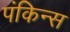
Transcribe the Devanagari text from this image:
पंकिन्स